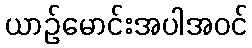
ယာဉ်မောင်းအပါအဝင်